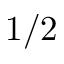
1 / 2